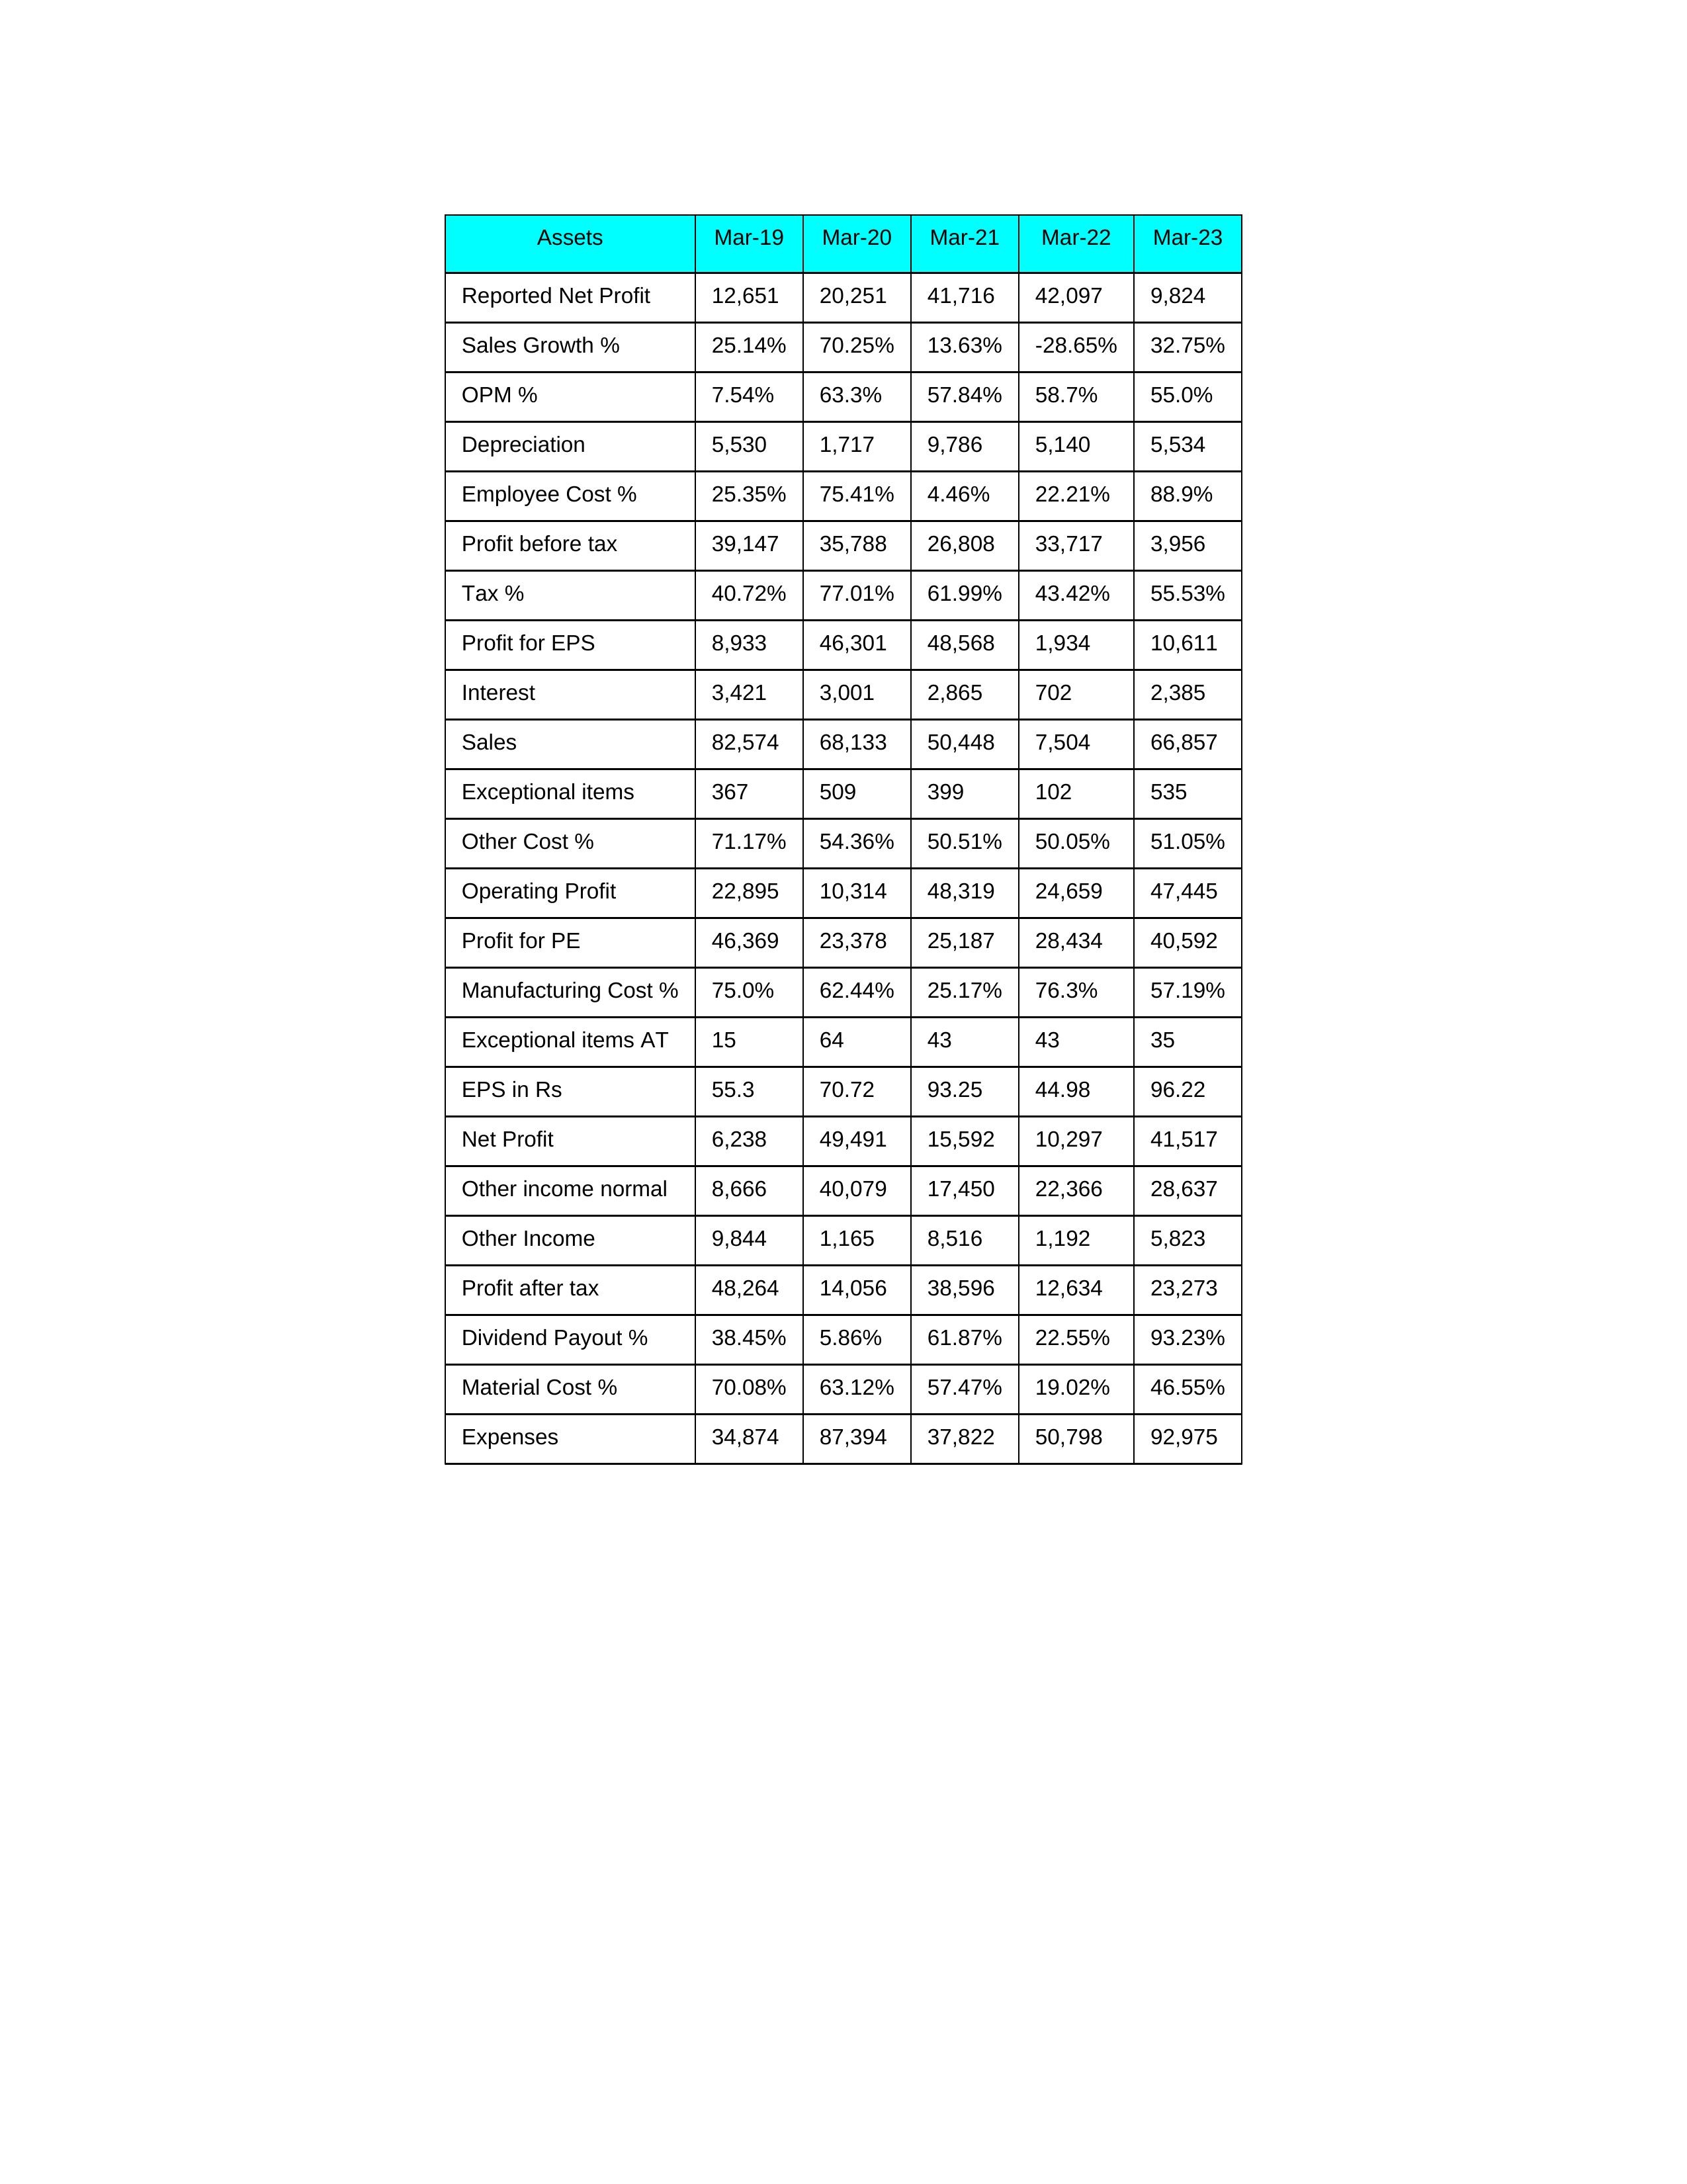
gt_parse: Mar-19: Sales: 82,574
Sales Growth %: 25.14%
Expenses: 34,874
Material Cost %: 70.08%
Manufacturing Cost %: 75.0%
Employee Cost %: 25.35%
Other Cost %: 71.17%
Operating Profit: 22,895
OPM %: 7.54%
Other Income: 9,844
Exceptional items: 367
Other income normal: 8,666
Interest: 3,421
Depreciation: 5,530
Profit before tax: 39,147
Tax %: 40.72%
Net Profit: 6,238
Profit after tax: 48,264
Reported Net Profit: 12,651
Profit for EPS: 8,933
Exceptional items AT: 15
Profit for PE: 46,369
EPS in Rs: 55.3
Dividend Payout %: 38.45%
Mar-20: Sales: 68,133
Sales Growth %: 70.25%
Expenses: 87,394
Material Cost %: 63.12%
Manufacturing Cost %: 62.44%
Employee Cost %: 75.41%
Other Cost %: 54.36%
Operating Profit: 10,314
OPM %: 63.3%
Other Income: 1,165
Exceptional items: 509
Other income normal: 40,079
Interest: 3,001
Depreciation: 1,717
Profit before tax: 35,788
Tax %: 77.01%
Net Profit: 49,491
Profit after tax: 14,056
Reported Net Profit: 20,251
Profit for EPS: 46,301
Exceptional items AT: 64
Profit for PE: 23,378
EPS in Rs: 70.72
Dividend Payout %: 5.86%
Mar-21: Sales: 50,448
Sales Growth %: 13.63%
Expenses: 37,822
Material Cost %: 57.47%
Manufacturing Cost %: 25.17%
Employee Cost %: 4.46%
Other Cost %: 50.51%
Operating Profit: 48,319
OPM %: 57.84%
Other Income: 8,516
Exceptional items: 399
Other income normal: 17,450
Interest: 2,865
Depreciation: 9,786
Profit before tax: 26,808
Tax %: 61.99%
Net Profit: 15,592
Profit after tax: 38,596
Reported Net Profit: 41,716
Profit for EPS: 48,568
Exceptional items AT: 43
Profit for PE: 25,187
EPS in Rs: 93.25
Dividend Payout %: 61.87%
Mar-22: Sales: 7,504
Sales Growth %: -28.65%
Expenses: 50,798
Material Cost %: 19.02%
Manufacturing Cost %: 76.3%
Employee Cost %: 22.21%
Other Cost %: 50.05%
Operating Profit: 24,659
OPM %: 58.7%
Other Income: 1,192
Exceptional items: 102
Other income normal: 22,366
Interest: 702
Depreciation: 5,140
Profit before tax: 33,717
Tax %: 43.42%
Net Profit: 10,297
Profit after tax: 12,634
Reported Net Profit: 42,097
Profit for EPS: 1,934
Exceptional items AT: 43
Profit for PE: 28,434
EPS in Rs: 44.98
Dividend Payout %: 22.55%
Mar-23: Sales: 66,857
Sales Growth %: 32.75%
Expenses: 92,975
Material Cost %: 46.55%
Manufacturing Cost %: 57.19%
Employee Cost %: 88.9%
Other Cost %: 51.05%
Operating Profit: 47,445
OPM %: 55.0%
Other Income: 5,823
Exceptional items: 535
Other income normal: 28,637
Interest: 2,385
Depreciation: 5,534
Profit before tax: 3,956
Tax %: 55.53%
Net Profit: 41,517
Profit after tax: 23,273
Reported Net Profit: 9,824
Profit for EPS: 10,611
Exceptional items AT: 35
Profit for PE: 40,592
EPS in Rs: 96.22
Dividend Payout %: 93.23%